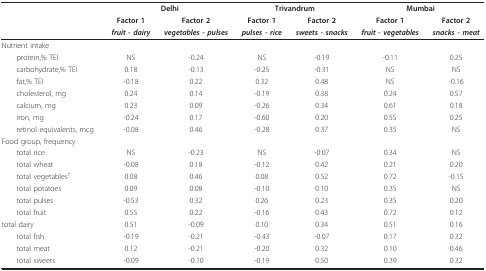
|  | <COLSPAN=2> Delhi | <COLSPAN=2> Trivandrum | <COLSPAN=2> Mumbai |
 |  | Factor 1 | Factor 2 | Factor 1 | Factor 2 | Factor 1 | Factor 2 |
 |  | fruit - dairy | vegetables - pulses | pulses - rice | sweets - snacks | fruit - vegetables | snacks - meat |
 | --- | --- | --- | --- | --- | --- | --- |
 | Nutrient intake |  |  |  |  |  |  |
 | protein,% TEI | NS | -0.24 | NS | -0.19 | -0.11 | 0.25 |
 | carbohydrate,% TEI | 0.18 | -0.13 | -0.25 | -0.31 | NS | NS |
 | fat,% TEI | -0.18 | 0.22 | 0.32 | 0.48 | NS | -0.16 |
 | cholesterol, mg | 0.24 | 0.14 | -0.19 | 0.38 | 0.24 | 0.57 |
 | calcium, mg | 0.23 | 0.09 | -0.26 | 0.34 | 0.61 | 0.18 |
 | iron, mg | -0.24 | 0.17 | -0.60 | 0.20 | 0.55 | 0.25 |
 | retinol equivalents, mcg | -0.08 | 0.46 | -0.28 | 0.37 | 0.35 | NS |
 | Food group, frequency |  |  |  |  |  |  |
 | total rice | NS | -0.23 | NS | -0.07 | 0.34 | NS |
 | total wheat | -0.08 | 0.18 | -0.12 | 0.42 | 0.21 | 0.20 |
 | total vegetables† | 0.08 | 0.46 | 0.08 | 0.52 | 0.72 | -0.15 |
 | total potatoes | 0.09 | 0.08 | -0.10 | 0.10 | 0.35 | NS |
 | total pulses | -0.53 | 0.32 | 0.26 | 0.23 | 0.35 | 0.20 |
 | total fruit | 0.55 | 0.22 | -0.16 | 0.43 | 0.72 | 0.12 |
 | total dairy | 0.51 | -0.09 | 0.10 | 0.34 | 0.51 | 0.16 |
 | total fish | -0.19 | -0.21 | -0.43 | -0.07 | 0.17 | 0.32 |
 | total meat | 0.12 | -0.21 | -0.20 | 0.32 | 0.10 | 0.46 |
 | total sweets | -0.09 | -0.10 | -0.19 | 0.50 | 0.39 | 0.32 |